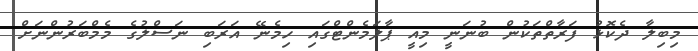
މިބިލާ ދެކޮޅު ފަރާތްތަކުން ބުނަނީ މިއީ ޕާލަމެންޓްގައި ހިމެނޭ އަރަބި ނަސްލުގެ މެމްބަރުންނަށް